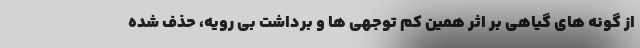
از گونه های گیاهی بر اثر همین کم توجهی ها و برداشت بی رویه، حذف شده